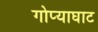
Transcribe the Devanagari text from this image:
गोप्याघाट